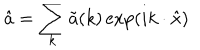
LaTeX: \hat { a } = \sum _ { k } \tilde { a } ( k ) \exp ( i k \cdot \hat { x } )